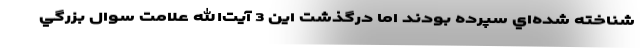
شناخته شده‌اي سپرده بودند اما درگذشت این 3 آیت‌الله علامت سوال بزرگي